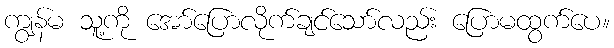
ကျွန်မ သူ့ကို အော်ပြောလိုက်ချင်သော်လည်း ပြောမထွက်ပေ။